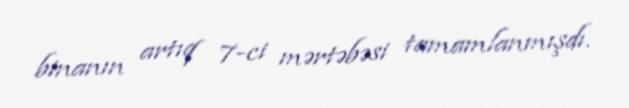
binanın artıq 7-ci mərtəbəsi tamamlanmışdı.